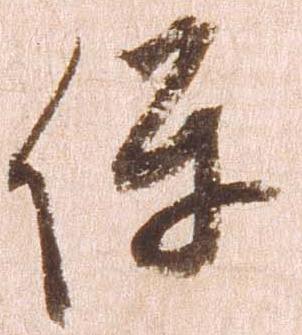
保